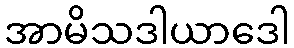
အာမိသဒါယာဒေါ